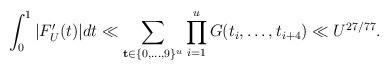
LaTeX: \begin{align*}\int_0^1|F'_U(t)|d t\ll \sum_{\mathbf{t}\in\{0,\dots,9\}^u}\prod_{i=1}^u G(t_i,\dots,t_{i+4})\ll U^{27/77}.\end{align*}